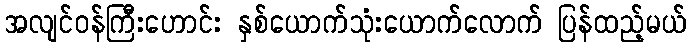
အလျင်ဝန်ကြီးဟောင်း နှစ်ယောက်သုံးယောက်လောက် ပြန်ထည့်မယ်